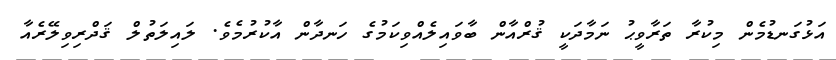
އަޅުގަނޑުމެން މިކުރާ ތަރާވީޙު ނަމާދަކީ ޤުރްއާން ބާވައިލެއްވިކަމުގެ ހަނދާން އާކުރުމެވެ. ލައިލަތުލް ޤަދްރިވިލޭރެއާ